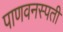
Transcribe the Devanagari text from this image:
पाणवनस्पती